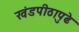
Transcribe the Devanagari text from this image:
खंडपीठापुढे